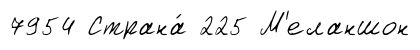
7954 Страна́ 225 М'еланшон